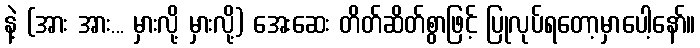
နဲ့ (အား အား... မှားလို့ မှားလို့) အေးဆေး တိတ်ဆိတ်စွာဖြင့် ပြုလုပ်ရတော့မှာပေါ့နော်။